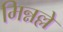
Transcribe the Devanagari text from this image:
मिन्नल्ले